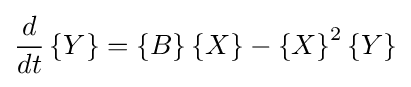
{d \over dt}\left\{Y\right\}=\left\{B\right\}\left\{X\right\}-\left\{X\right\}^{2}\left\{Y\right\}